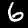
Digit: 6